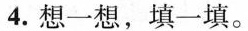
4.想一想，填一填。